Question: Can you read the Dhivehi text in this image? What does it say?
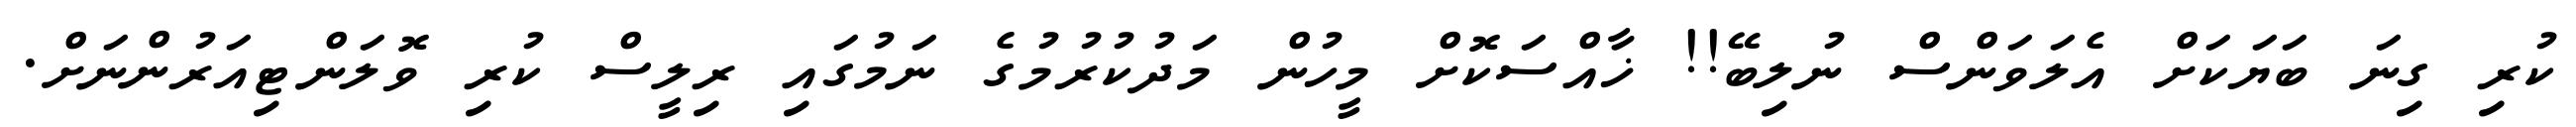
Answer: ކުރި ގިނަ ބަޔަކަށް އެލަވަންސް ނުލިބޭ!! ޚާއްސަކޮށް މީހުން މަދުކުރުމުގެ ނަމުގައި ރިލީސް ކުރި ވޮލަންޓިއަރުންނަށް.